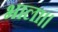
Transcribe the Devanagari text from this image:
भाला।।